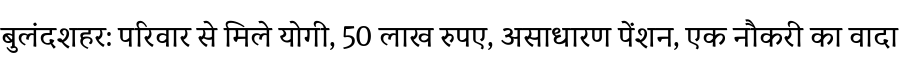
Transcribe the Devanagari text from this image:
बुलंदशहर: परिवार से मिले योगी, 50 लाख रुपए, असाधारण पेंशन, एक नौकरी का वादा